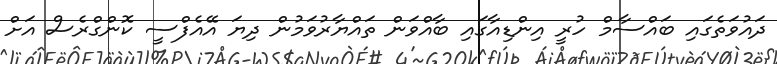
ދައުވަތެގައި ބައްސާމް ހުރީ އިންޑިއާގައި ބާއްވަން ތައްޔާރުވަމުން ދިޔަ އޭއެފްސީ ކޮންގްރެސް އަށް